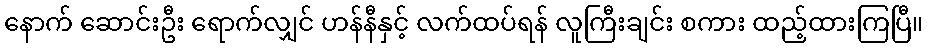
နောက် ဆောင်းဦး ရောက်လျှင် ဟန်နီနှင့် လက်ထပ်ရန် လူကြီးချင်း စကား ထည့်ထားကြပြီ။